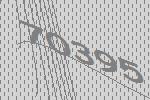
70395